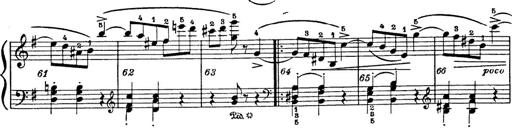
Title: 6 Polish Songs
Composer: Franz Liszt